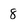
Character: 8